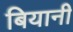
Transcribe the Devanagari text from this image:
बियानी